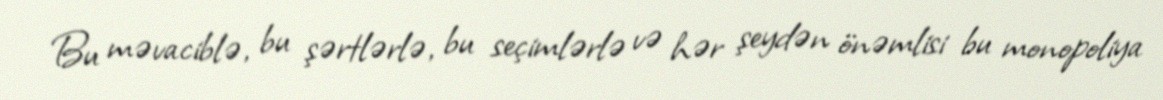
Bu məvaciblə, bu şərtlərlə, bu seçimlərlə və hər şeydən önəmlisi bu monopoliya